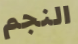
النجم